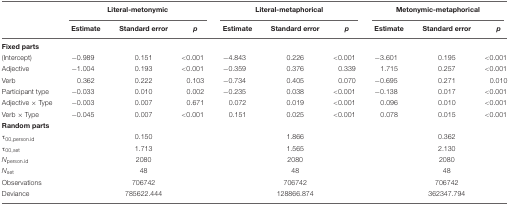
<table><thead><tr><td></td><td colspan="3"><b>Literal-metonymic</b></td><td colspan="3"><b>Literal-metaphorical</b></td><td colspan="3"><b>Metonymic-metaphorical</b></td></tr><tr><td></td><td><b>Estimate</b></td><td><b>Standard error</b></td><td><b><i>p</i></b></td><td><b>Estimate</b></td><td><b>Standard error</b></td><td><b><i>p</i></b></td><td><b>Estimate</b></td><td><b>Standard error</b></td><td><b><i>p</i></b></td></tr></thead><tbody><tr><td colspan="6"><b>Fixed parts</b></td></tr><tr><td>(Intercept)</td><td>–0.989</td><td>0.151</td><td>&lt;0.001</td><td>–4.843</td><td>0.226</td><td>&lt;0.001</td><td>–3.601</td><td>0.195</td><td>&lt;0.001</td></tr><tr><td>Adjective</td><td>–1.004</td><td>0.193</td><td>&lt;0.001</td><td>–0.359</td><td>0.376</td><td>0.339</td><td>1.715</td><td>0.257</td><td>&lt;0.001</td></tr><tr><td>Verb</td><td>0.362</td><td>0.222</td><td>0.103</td><td>–0.734</td><td>0.405</td><td>0.070</td><td>–0.695</td><td>0.271</td><td>0.010</td></tr><tr><td>Participant type</td><td>–0.033</td><td>0.010</td><td>0.002</td><td>–0.235</td><td>0.038</td><td>&lt;0.001</td><td>–0.138</td><td>0.017</td><td>&lt;0.001</td></tr><tr><td>Adjective × Type</td><td>–0.003</td><td>0.007</td><td>0.671</td><td>0.072</td><td>0.019</td><td>&lt;0.001</td><td>0.096</td><td>0.010</td><td>&lt;0.001</td></tr><tr><td>Verb × Type</td><td>–0.045</td><td>0.007</td><td>&lt;0.001</td><td>0.151</td><td>0.025</td><td>&lt;0.001</td><td>0.078</td><td>0.015</td><td>&lt;0.001</td></tr><tr><td colspan="6"><b>Random parts</b></td></tr><tr><td>τ<sub>00,person.id</sub></td><td></td><td>0.150</td><td></td><td></td><td>1.866</td><td></td><td></td><td>0.362</td><td></td></tr><tr><td>τ<sub>00,set</sub></td><td></td><td>1.713</td><td></td><td></td><td>1.565</td><td></td><td></td><td>2.130</td><td></td></tr><tr><td><i>N</i><sub>person.id</sub></td><td></td><td>2080</td><td></td><td></td><td>2080</td><td></td><td></td><td>2080</td><td></td></tr><tr><td><i>N</i><sub>set</sub></td><td></td><td>48</td><td></td><td></td><td>48</td><td></td><td></td><td>48</td><td></td></tr><tr><td>Observations</td><td></td><td>706742</td><td></td><td></td><td>706742</td><td></td><td></td><td>706742</td><td></td></tr><tr><td>Deviance</td><td></td><td>785622.444</td><td></td><td></td><td>128866.874</td><td></td><td></td><td>362347.794</td><td></td></tr></tbody></table>